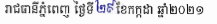
រាជធានីភ្នំពេញ ថ្ងៃទី២៩ខែកក្កដា ឆ្នាំ២០២១